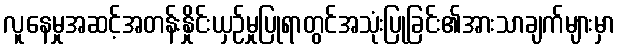
လူနေမှုအဆင့်အတန်းနှိုင်းယှဉ်မှုပြုရာတွင်အသုံးပြုခြင်း၏အားသာချက်များမှာ